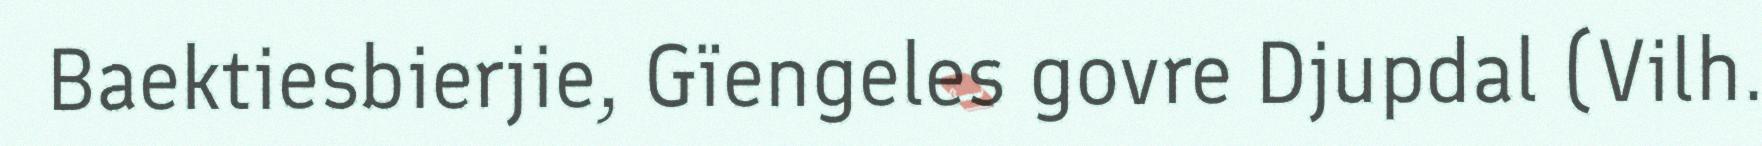
Baektiesbierjie, Gïengeles govre Djupdal (Vilh.